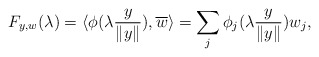
\begin{align*} F_{y,w}(\lambda)=\langle\phi(\lambda\frac{y}{\|y\|}),\overline{w}\rangle=\sum_j \phi_j(\lambda \frac{y}{\|y\|})w_j,\end{align*}